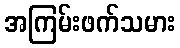
အကြမ်းဖက်သမား